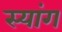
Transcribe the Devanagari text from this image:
स्‍यांग